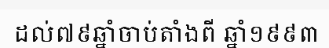
ដល់៧៩ឆ្នាំចាប់តាំងពី ឆ្នាំ១៩៩៣